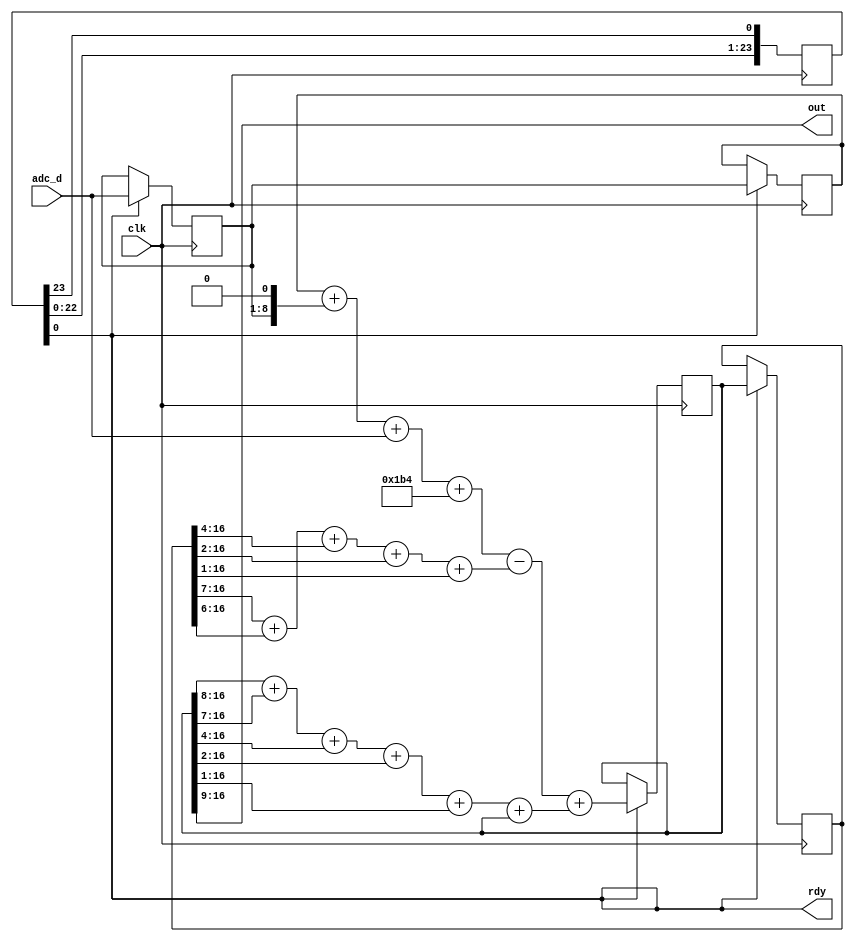
//-----------------------------------------------------------------------------
// Copyright (C) 2014 iZsh <izsh at fail0verflow.com>
//
// This code is licensed to you under the terms of the GNU GPL, version 2 or,
// at your option, any later version. See the LICENSE.txt file for the text of
// the license.
//-----------------------------------------------------------------------------
// Butterworth low pass IIR filter
// input: 8bit ADC signal, 1MS/s
// output: 8bit value, Fc=20khz
//
// coef: (using http://www-users.cs.york.ac.uk/~fisher/mkfilter/trad.html)
// Recurrence relation:
// y[n] = (  1 * x[n- 2])
//      + (  2 * x[n- 1])
//      + (  1 * x[n- 0])

//      + ( -0.8371816513 * y[n- 2])
//      + (  1.8226949252 * y[n- 1])
//
// therefore:
// a = [1,2,1]
// b = [-0.8371816513, 1.8226949252]
// b is approximated to b = [-0xd6/0x100, 0x1d3 / 0x100] (for optimization)
// gain = 2.761139367e2
//
// See details about its design see
// https://fail0verflow.com/blog/2014/proxmark3-fpga-iir-filter.html
module lp20khz_1MSa_iir_filter(input clk, input [7:0] adc_d, output rdy, output [7:0] out);

    // clk is 24MHz, the IIR filter is designed for 1MS/s
    // hence we need to divide it by 24
    // using a shift register takes less area than a counter
    reg [23:0] cnt = 1;
    assign rdy = cnt[0];
    always @(posedge clk)
        cnt <= {cnt[22:0], cnt[23]};

    reg [7:0] x0 = 0;
    reg [7:0] x1 = 0;
    reg [16:0] y0 = 0;
    reg [16:0] y1 = 0;

    always @(posedge clk)
    begin
        if (rdy)
        begin
            x0 <= x1;
            x1 <= adc_d;
            y0 <= y1;
            y1 <=
                // center the signal:
                // input range is [0; 255]
                // We want "128" to be at the center of the 17bit register
                // (128+z)*gain = 17bit center
                // z = (1<<16)/gain - 128 = 109
                // We could use 9bit x registers for that, but that would be
                // a waste, let's just add the constant during the computation
                // (x0+109) + 2*(x1+109) + (x2+109) = x0 + 2*x1 + x2 + 436
                x0 + {x1, 1'b0} + adc_d + 436
                // we want "- y0 * 0xd6 / 0x100" using only shift and add
                // 0xd6 == 0b11010110
                // so *0xd6/0x100 is equivalent to
                // ((x << 1) + (x << 2) + (x << 4) + (x << 6) + (x << 7)) >> 8
                // which is also equivalent to
                // (x >> 7) + (x >> 6) + (x >> 4) + (x >> 2) + (x >> 1)
                - ((y0 >> 7) + (y0 >> 6) + (y0 >> 4) + (y0 >> 2) + (y0 >> 1)) // - y0 * 0xd6 / 0x100
                // we want "+ y1 * 0x1d3 / 0x100"
                // 0x1d3 == 0b111010011
                // so this is equivalent to
                // ((x << 0) + (x << 1) + (x << 4) + (x << 6) + (x << 7) + (x << 8)) >> 8
                // which is also equivalent to
                // (x >> 8) + (x >> 7) + (x >> 4) + (x >> 2) + (x >> 1) + (x >> 0)
                + ((y1 >> 8) + (y1 >> 7) + (y1 >> 4) + (y1 >> 2) + (y1 >> 1) + y1);
        end
    end

    // output: reduce to 8bit
    assign out = y1[16:9];

endmodule